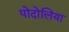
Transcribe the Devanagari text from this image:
पोदोलिया